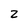
Character: Z